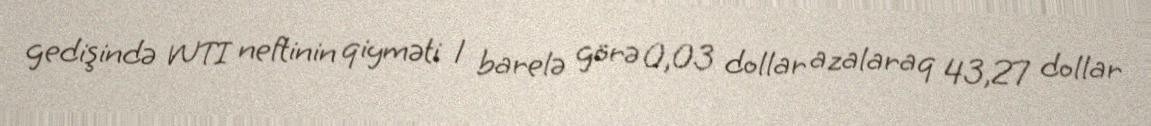
gedişində WTI neftinin qiyməti 1 barelə görə 0,03 dollar azalaraq 43,27 dollar